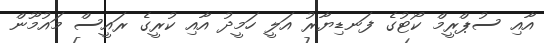
އާއި ސުޕްރީމް ކޯޓުގެ ފަނޑިޔާރު އަލީ ހަމީދު އާއި ކުރީގެ ރައީސް މައުމޫން